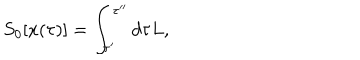
LaTeX: S _ { 0 } [ x ( \tau ) ] = \int _ { \tau ^ { \prime } } ^ { \tau ^ { \prime \prime } } d \tau L ,